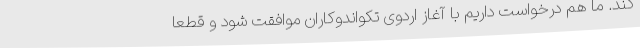
کند. ما هم درخواست داریم با آغاز اردوی تکواندوکاران موافقت شود و قطعا